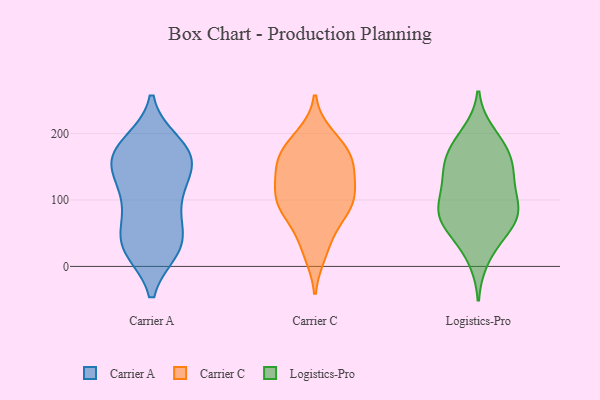
{"axis": {"x": "Market Share (%)", "y": "Value"}, "legend": ["Carrier A", "Carrier C", "Logistics-Pro"], "data": [{"x": "", "y": 27, "type": "Carrier A"}, {"x": "", "y": 172, "type": "Carrier A"}, {"x": "", "y": 38, "type": "Carrier A"}, {"x": "", "y": 184, "type": "Carrier A"}, {"x": "", "y": 77, "type": "Carrier A"}, {"x": "", "y": 166, "type": "Carrier A"}, {"x": "", "y": 93, "type": "Carrier A"}, {"x": "", "y": 37, "type": "Carrier A"}, {"x": "", "y": 146, "type": "Carrier A"}, {"x": "", "y": 27, "type": "Carrier A"}, {"x": "", "y": 162, "type": "Carrier A"}, {"x": "", "y": 174, "type": "Carrier A"}, {"x": "", "y": 159, "type": "Carrier A"}, {"x": "", "y": 33, "type": "Carrier A"}, {"x": "", "y": 112, "type": "Carrier A"}, {"x": "", "y": 122, "type": "Carrier A"}, {"x": "", "y": 102, "type": "Carrier C"}, {"x": "", "y": 131, "type": "Carrier C"}, {"x": "", "y": 166, "type": "Carrier C"}, {"x": "", "y": 79, "type": "Carrier C"}, {"x": "", "y": 195, "type": "Carrier C"}, {"x": "", "y": 35, "type": "Carrier C"}, {"x": "", "y": 185, "type": "Carrier C"}, {"x": "", "y": 113, "type": "Carrier C"}, {"x": "", "y": 87, "type": "Carrier C"}, {"x": "", "y": 167, "type": "Carrier C"}, {"x": "", "y": 159, "type": "Carrier C"}, {"x": "", "y": 156, "type": "Carrier C"}, {"x": "", "y": 94, "type": "Carrier C"}, {"x": "", "y": 130, "type": "Carrier C"}, {"x": "", "y": 21, "type": "Carrier C"}, {"x": "", "y": 86, "type": "Carrier C"}, {"x": "", "y": 93, "type": "Logistics-Pro"}, {"x": "", "y": 68, "type": "Logistics-Pro"}, {"x": "", "y": 153, "type": "Logistics-Pro"}, {"x": "", "y": 199, "type": "Logistics-Pro"}, {"x": "", "y": 13, "type": "Logistics-Pro"}, {"x": "", "y": 86, "type": "Logistics-Pro"}, {"x": "", "y": 150, "type": "Logistics-Pro"}, {"x": "", "y": 100, "type": "Logistics-Pro"}, {"x": "", "y": 126, "type": "Logistics-Pro"}, {"x": "", "y": 132, "type": "Logistics-Pro"}, {"x": "", "y": 183, "type": "Logistics-Pro"}, {"x": "", "y": 156, "type": "Logistics-Pro"}, {"x": "", "y": 43, "type": "Logistics-Pro"}, {"x": "", "y": 180, "type": "Logistics-Pro"}, {"x": "", "y": 63, "type": "Logistics-Pro"}, {"x": "", "y": 75, "type": "Logistics-Pro"}, {"x": "", "y": 76, "type": "Logistics-Pro"}]}